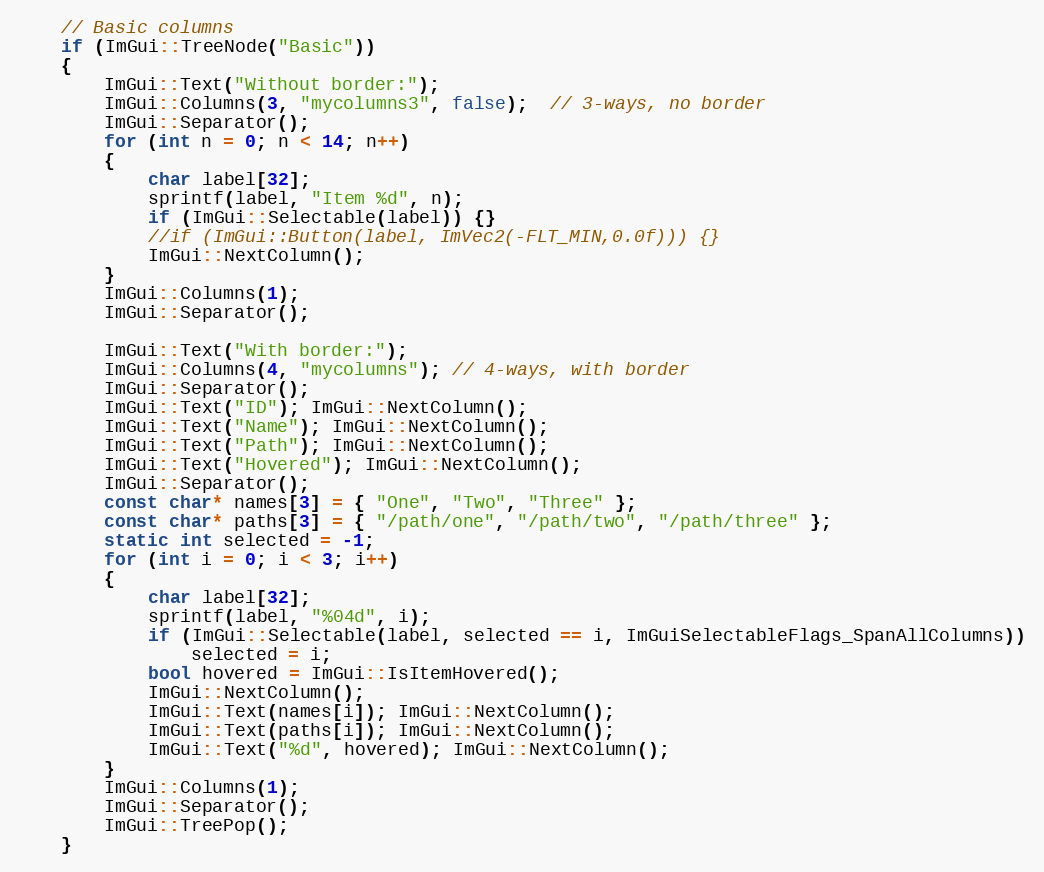
Language: C++
    // Basic columns
    if (ImGui::TreeNode("Basic"))
    {
        ImGui::Text("Without border:");
        ImGui::Columns(3, "mycolumns3", false);  // 3-ways, no border
        ImGui::Separator();
        for (int n = 0; n < 14; n++)
        {
            char label[32];
            sprintf(label, "Item %d", n);
            if (ImGui::Selectable(label)) {}
            //if (ImGui::Button(label, ImVec2(-FLT_MIN,0.0f))) {}
            ImGui::NextColumn();
        }
        ImGui::Columns(1);
        ImGui::Separator();

        ImGui::Text("With border:");
        ImGui::Columns(4, "mycolumns"); // 4-ways, with border
        ImGui::Separator();
        ImGui::Text("ID"); ImGui::NextColumn();
        ImGui::Text("Name"); ImGui::NextColumn();
        ImGui::Text("Path"); ImGui::NextColumn();
        ImGui::Text("Hovered"); ImGui::NextColumn();
        ImGui::Separator();
        const char* names[3] = { "One", "Two", "Three" };
        const char* paths[3] = { "/path/one", "/path/two", "/path/three" };
        static int selected = -1;
        for (int i = 0; i < 3; i++)
        {
            char label[32];
            sprintf(label, "%04d", i);
            if (ImGui::Selectable(label, selected == i, ImGuiSelectableFlags_SpanAllColumns))
                selected = i;
            bool hovered = ImGui::IsItemHovered();
            ImGui::NextColumn();
            ImGui::Text(names[i]); ImGui::NextColumn();
            ImGui::Text(paths[i]); ImGui::NextColumn();
            ImGui::Text("%d", hovered); ImGui::NextColumn();
        }
        ImGui::Columns(1);
        ImGui::Separator();
        ImGui::TreePop();
    }